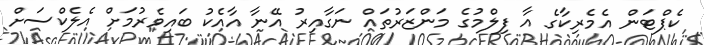
ކެޕްޓަން އެމެރިކާގެ އާ ފިލްމުގެ މަންޒަރުތައް ނަގާއިރު އޭނާ އާއެކު ބައިވެރުމަށް އެލެކްސަށް